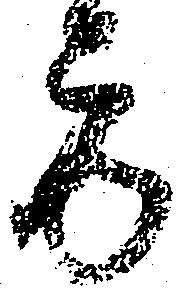
方